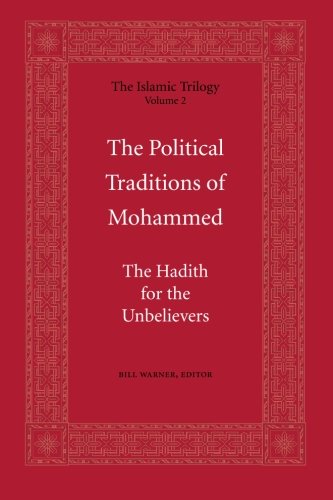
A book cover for The Political Traditions of Mohammed: The Hadith for the Unbelievers (The Islamic Trilogy Series, Vol. 2); Religion & Spirituality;